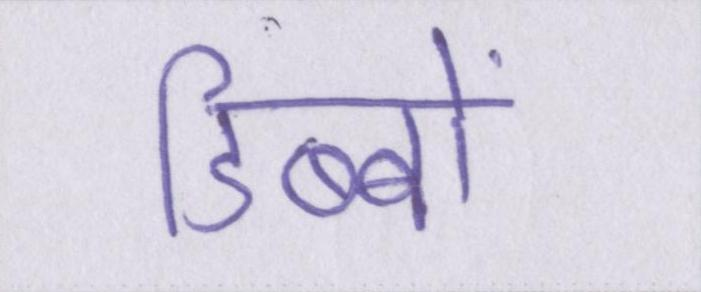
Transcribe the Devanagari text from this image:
डिब्बों